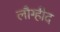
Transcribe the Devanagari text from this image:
लौग्हीद